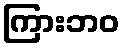
ကြားဘဝ